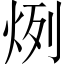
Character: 𤈘